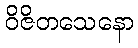
ဝိဇိတသေနော